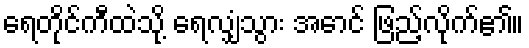
ရေတိုင်ကီထဲသို့ ရေလျှံသွား အောင် ဖြည့်လိုက်၏။